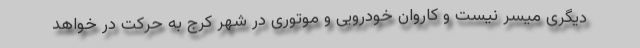
دیگری میسر نیست و کاروان خودرویی و موتوری در شهر کرج به حرکت در خواهد